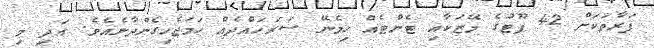
ފަރާތަކަށް 42 ފޫޓުގެ މޭޒަކާއި ޓެންޓެއް ހިމެނޭ ސަރަހައްދެއް ހަމަޖެހިގެންދާނެއެވެ. އަދި މި